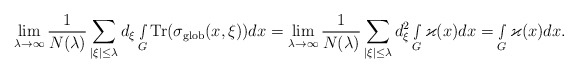
\begin{align*} \lim_{\lambda\rightarrow\infty} \frac{1}{N(\lambda)}\sum_{|\xi|\leq \lambda}d_\xi\smallint\limits_G\textnormal{Tr}(\sigma_{\textnormal{glob}}(x,\xi))dx= \lim_{\lambda\rightarrow\infty}\frac{1}{N(\lambda)} \sum_{|\xi|\leq \lambda} d_\xi^2 \smallint\limits_{G}\varkappa(x)dx=\smallint\limits_{G}\varkappa(x)dx.\end{align*}